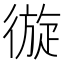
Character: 𢕐